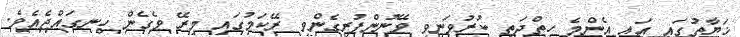
ޚަޔާތުގައި އައި އެންމެ ހިތްދަތި ކުރުވަނިވި ވޭނުންފުރިގެންވި ރޭކަމުގައި މިރޭ ވެގެން ހިނގައްޖެއެވެ.